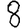
Digit: 8